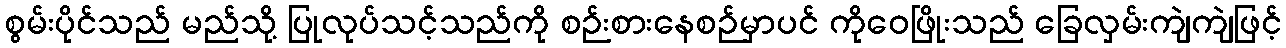
စွမ်းပိုင်သည် မည်သို့ ပြုလုပ်သင့်သည်ကို စဉ်းစားနေစဉ်မှာပင် ကိုဝေဖြိုးသည် ခြေလှမ်းကျဲကျဲဖြင့်